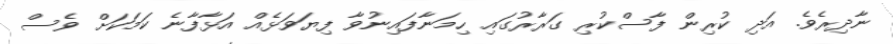
ނާދިރެވެ. އަދި ކުރިން ފާސްކުރި ގަރާރުގައި ހިމަނާފައިނުވާ ފިޔަވަޅެއް އަޅާފާނެ ކަމަކަށް ވެސް